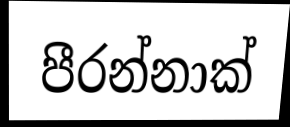
පීරන්නාක්